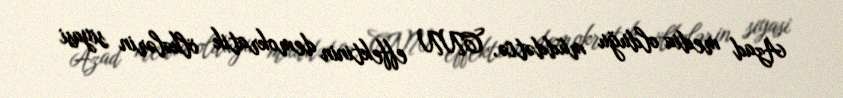
Azad media olduğu müddətcə, CNN effektinin demokratik ölkələrin siyasi